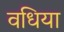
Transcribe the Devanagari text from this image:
वधिया